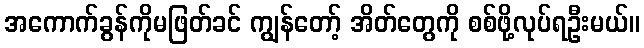
အကောက်ခွန်ကိုမဖြတ်ခင် ကျွန်တော့် အိတ်တွေကို စစ်ဖို့လုပ်ရဦးမယ်။